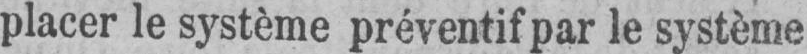
placer le système préventif par le système